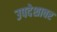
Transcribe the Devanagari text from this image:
उपदेशावर